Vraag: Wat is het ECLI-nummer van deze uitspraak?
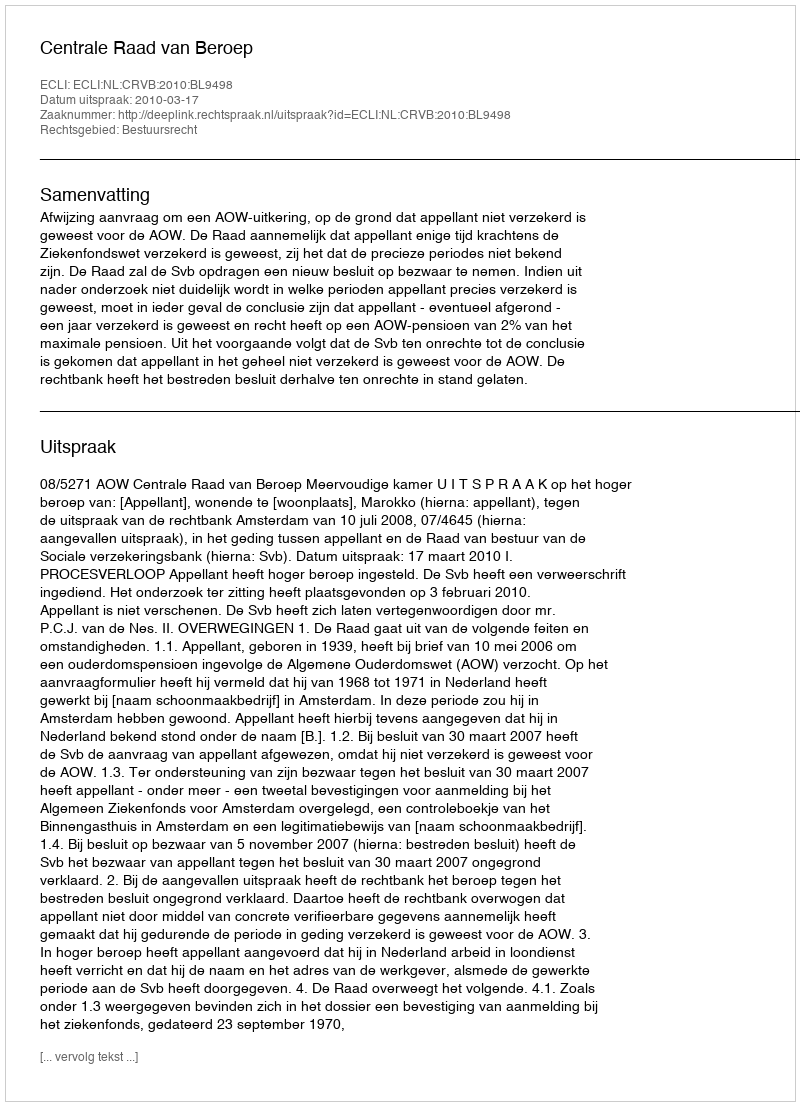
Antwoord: ECLI:NL:CRVB:2010:BL9498